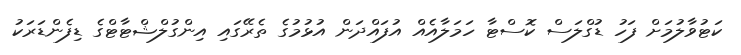
ކަޓުވާލުމަށް ފަހު ޑުގްލަސް ކޮސްޓާ ހަމަލާއެއް އުފައްދަން އުޅުމުގެ ތެރޭގައި އިންގުލްޝްޓާޓްގެ ޑިފެންޑަރަކު